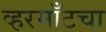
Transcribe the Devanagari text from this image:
व्हरमाँटचा